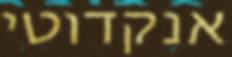
אנקדוטי